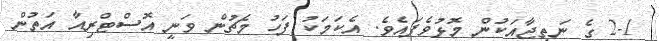
2-1 ގެ ނަތީޖާއަކުން މޮޅުވެފައެވެ. އެކަމަކު ފަހު މެޗުން ވަނީ އޮސްޓްރިއާ އަތުން